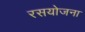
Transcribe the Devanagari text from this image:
रसयोजना